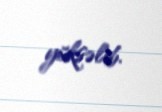
yüksəlib.